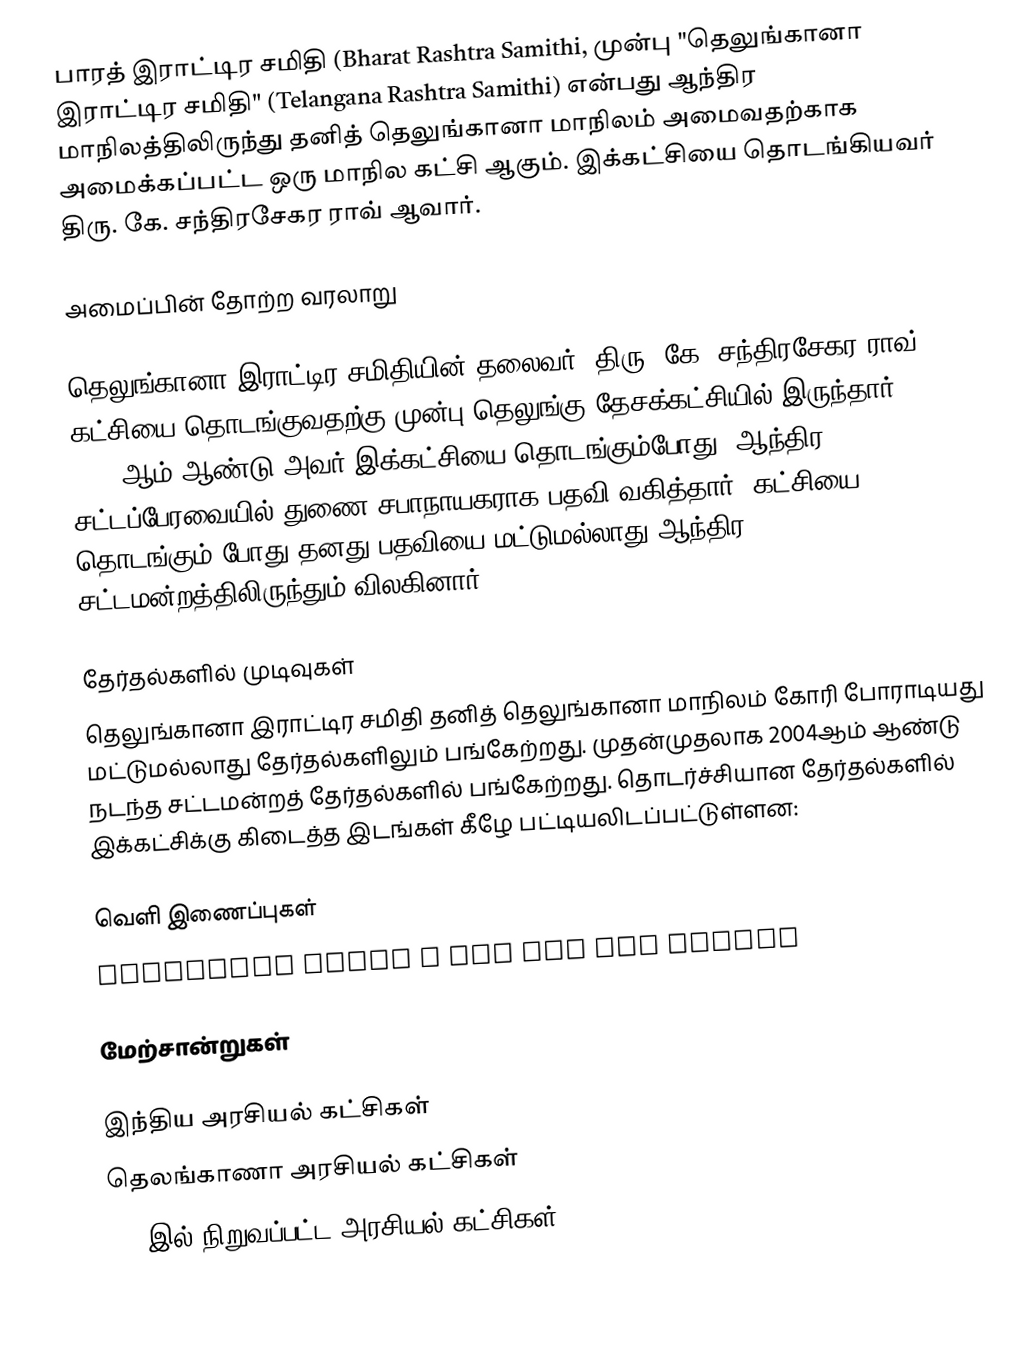
பாரத் இராட்டிர சமிதி (Bharat Rashtra Samithi, முன்பு "தெலுங்கானா இராட்டிர சமிதி"  (Telangana Rashtra Samithi) என்பது ஆந்திர மாநிலத்திலிருந்து தனித் தெலுங்கானா மாநிலம் அமைவதற்காக அமைக்கப்பட்ட ஒரு மாநில கட்சி ஆகும். இக்கட்சியை தொடங்கியவர் திரு. கே. சந்திரசேகர ராவ் ஆவார்.

அமைப்பின் தோற்ற வரலாறு

தெலுங்கானா இராட்டிர சமிதியின் தலைவர், திரு. கே. சந்திரசேகர ராவ் , கட்சியை தொடங்குவதற்கு முன்பு தெலுங்கு தேசக்கட்சியில் இருந்தார். 2001-ஆம் ஆண்டு அவர் இக்கட்சியை தொடங்கும்போது, ஆந்திர சட்டப்பேரவையில் துணை சபாநாயகராக பதவி வகித்தார். கட்சியை தொடங்கும் போது தனது பதவியை மட்டுமல்லாது ஆந்திர சட்டமன்றத்திலிருந்தும் விலகினார்.

தேர்தல்களில் முடிவுகள்
தெலுங்கானா இராட்டிர சமிதி தனித் தெலுங்கானா மாநிலம் கோரி போராடியது மட்டுமல்லாது தேர்தல்களிலும் பங்கேற்றது. முதன்முதலாக 2004ஆம் ஆண்டு நடந்த சட்டமன்றத் தேர்தல்களில் பங்கேற்றது. தொடர்ச்சியான தேர்தல்களில் இக்கட்சிக்கு கிடைத்த இடங்கள் கீழே பட்டியலிடப்பட்டுள்ளன:

வெளி இணைப்புகள்
 Telangana finds a new man and moment

மேற்சான்றுகள்

இந்திய அரசியல் கட்சிகள்
தெலங்காணா அரசியல் கட்சிகள்
2001இல் நிறுவப்பட்ட அரசியல் கட்சிகள்